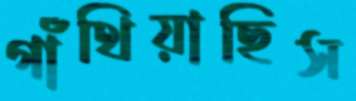
গাঁথিয়াছিস